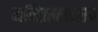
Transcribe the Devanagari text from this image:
गणिताबरोबरच